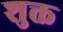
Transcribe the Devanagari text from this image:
शुक्त